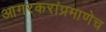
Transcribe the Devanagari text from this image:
आगरकरांप्रमाणेच